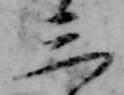
三